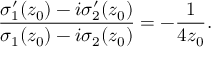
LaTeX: \frac { { \sigma } _ { 1 } ^ { \prime } ( z _ { 0 } ) - i { \sigma } _ { 2 } ^ { \prime } ( z _ { 0 } ) } { { \sigma } _ { 1 } ( z _ { 0 } ) - i { \sigma } _ { 2 } ( z _ { 0 } ) } = - \frac { 1 } { 4 z _ { 0 } } .